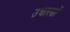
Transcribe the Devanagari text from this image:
उचारणों